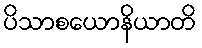
ပိသာစယောနိယာတိ